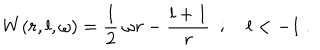
W ( r , l , \omega ) = \frac { 1 } { 2 } ~ \omega r - \frac { l + 1 } { r } ~ ~ ; \quad l < - 1 ~ .